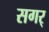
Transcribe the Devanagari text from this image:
सगर्